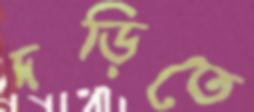
দড়িতে